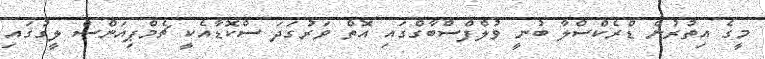
މީގެ އިތުރުން ޑްރެކްސްލާ ބުނީ ވުލްފްސްބާގްގައި އޮތް ވަރުގަދަ ސްކޮޑާއެކީ ޗެމްޕިއަންސް ލީގުގައި